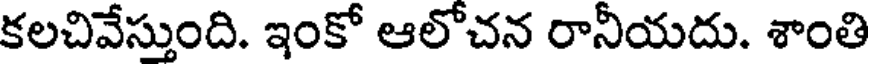
కలచివేస్తుంది. ఇంకో ఆలోచన రానీయదు. శాంతి